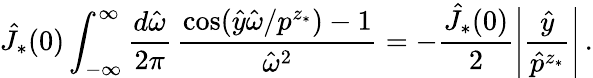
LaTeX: \hat{J}_{*}(0)\int_{-\infty}^{\infty}\frac{d\hat{\omega}}{2\pi}\, \frac{\cos(\hat{y}\hat{\omega}/p^{z_{*}})-1}{\hat{\omega}^{2}}=-\frac{\hat{J}_{*}(0)}{2}\left|\frac{\hat{y}}{\hat{p}^{z_{*}}}\right|\, .